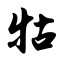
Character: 牯